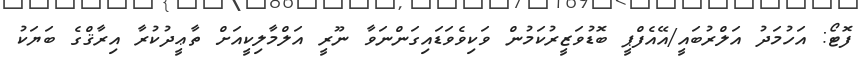
ފޮޓޯ: އަހުމަދު އަލްރުބައީ/އޭއެފްޕީ ބޮޑުވަޒީރުކަމުން ވަކިވެވަޑައިގަންނަވާ ނޫރީ އަލްމާލިކީއަށް ތާޢީދުކުރާ އިރާޤްގެ ބަޔަކު